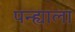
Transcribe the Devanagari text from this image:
पन्ह्याला